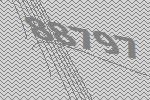
88797